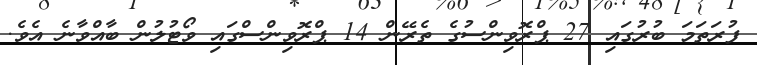
ފުރަތަމަ ބުރުގައި 27 ޕްރޮވިންސުގެ ތެރޭން 14 ޕްރޮވިންސްގައި ވޯޓުލުން ބާއްވާނެ އެވެ.